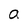
Character: a